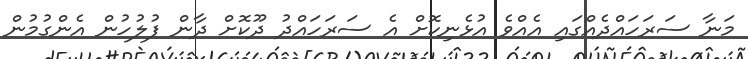
މަނާ ސަރަހައްދެއްގައި އެއްވެ އުޅެނިކޮށް އެ ސަރަހައްދު ދޫކޮށް ދާން ފުލުހުން އެންގުމުން